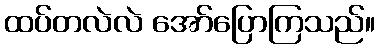
ထပ်တလဲလဲ အော်ပြောကြသည်။